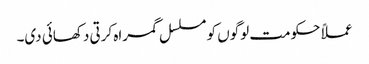
عملاً حکومت لوگوں کو مسلسل گمراہ کرتی دکھائی دی۔